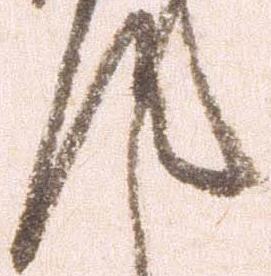
汰